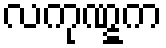
လကုဏ္ဋက